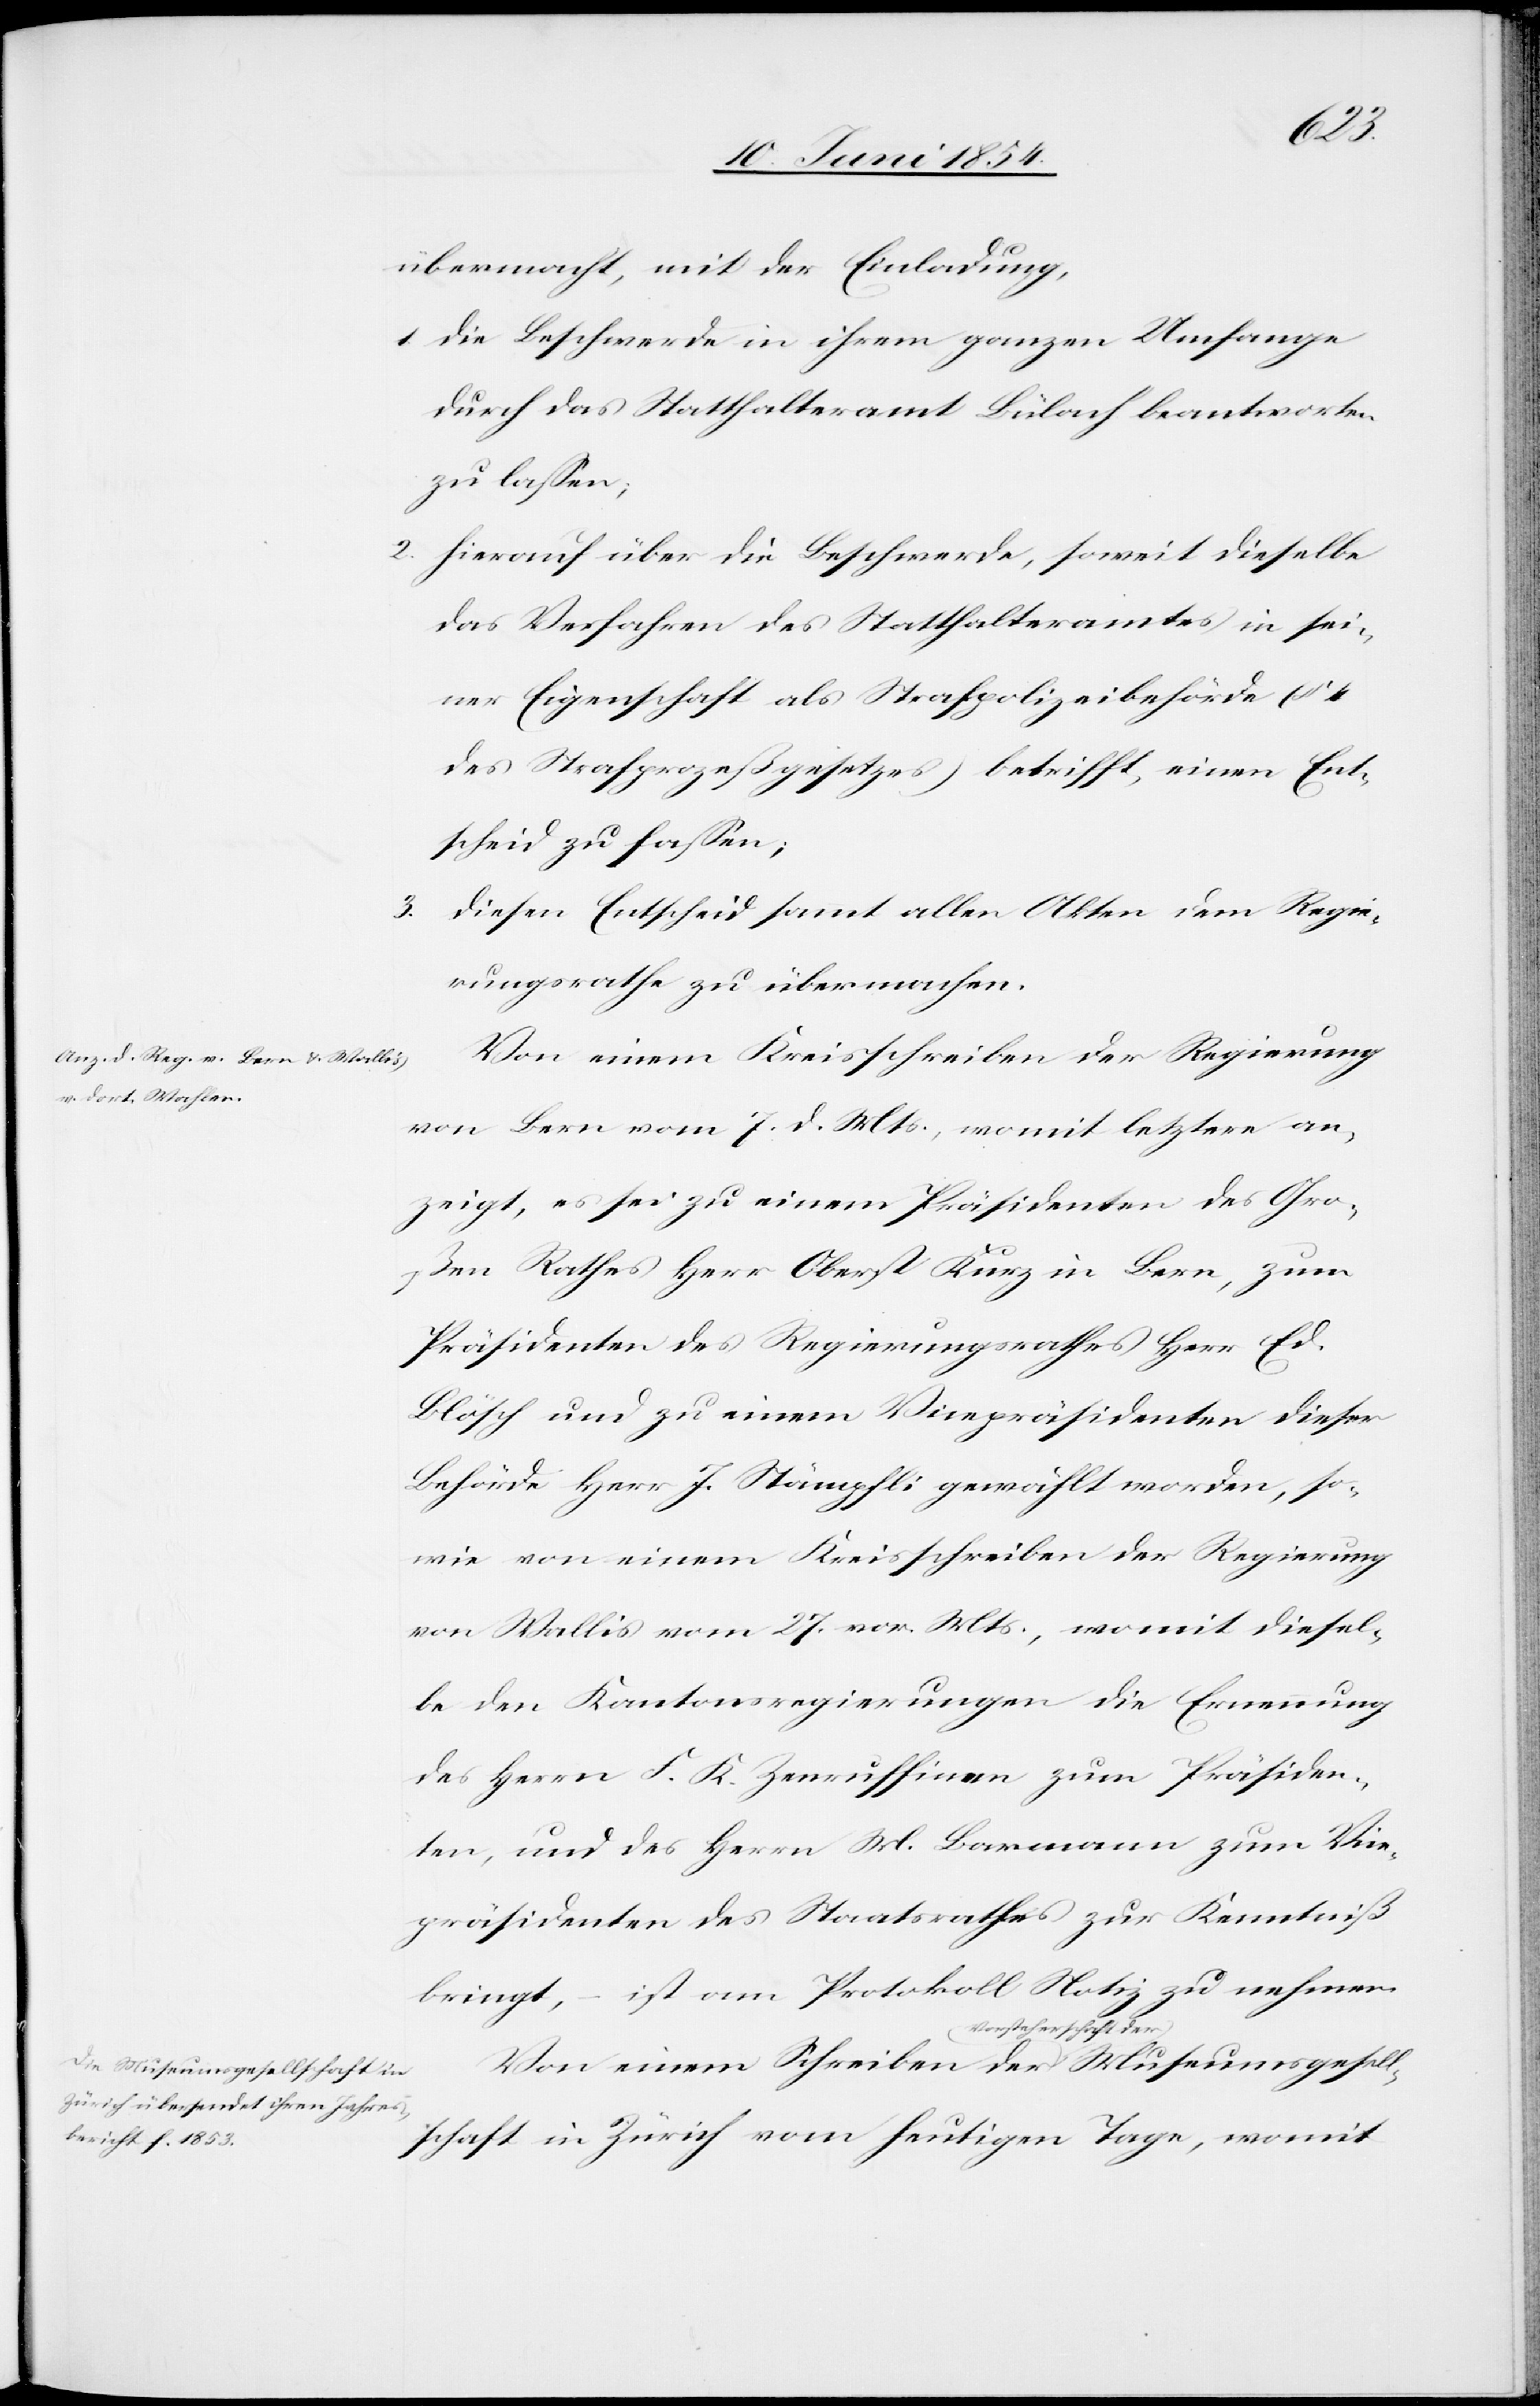
der-a Museumsgesellschaft in

womit
übermacht, mit der Einladung,
1. die Beschwerde in ihrem ganzen Umfange
durch das Statthalteramt Bülach beantworten
zu laßen;
2. hierauf über die Beschwerde, soweit dieselben
das Verfahren des Statthalteramtes in sei¬
ner Eigenschaft als Strafpolizeibehörde (§ 4
des Strafprozeßgesetzes) betrifft, einen Ent¬
scheid zu faßen;
3. diesen Entscheid sammt allen Akten dem Regie¬
rungsrathe zu übermachen.
Von einem Kreisschreiben der Regierung
von Bern vom 7. d. Mts., womit letztere an¬
zeigt, es sei zu einem Präsidenten des Gro¬
ßen Rathes Herr Oberst Kurz in Bern, zum
Präsidenten des Regierungsrathes Herr Ed.
Blösch und zu einem Vicepräsidenten dieser
Behörde Herr J. Stämpfli gewählt worden, so¬
wie von einem Kreisschreiben der Regierung
von Wallis vom 27. vor. Mts., womit diesel¬
be den Kantonsregierungen die Ernennung
des Herrn F. K. Zenruffinen zum Präsiden¬
ten, und des Herrn W. Barmann zum Vice¬
präsidenten des Staatsrathes zur Kenntniß
bringt, – ist am Protokoll Notiz zu nehmen.
Von einem Schreiben der a-Vorstehers¬